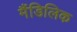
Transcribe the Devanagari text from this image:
मैंडिलिक